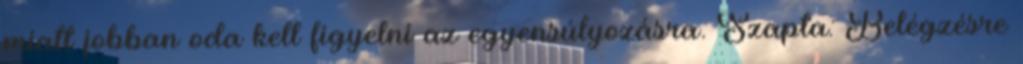
miatt jobban oda kell figyelni az egyensúlyozásra. Szapta: Belégzésre